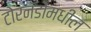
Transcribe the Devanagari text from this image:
टोरनॅडोंमधील